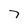
Character: 7